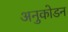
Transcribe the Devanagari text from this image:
अनुकोडन